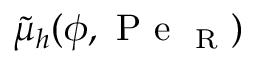
\tilde { \mu } _ { h } ( \phi , \mathrm { ~ P ~ e ~ } _ { \mathrm { ~ R ~ } } )